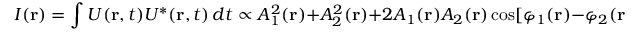
I ( \mathbf { r } ) = \int U ( \mathbf { r } , t ) U ^ { * } ( \mathbf { r } , t ) \, d t \propto A _ { 1 } ^ { 2 } ( \mathbf { r } ) + A _ { 2 } ^ { 2 } ( \mathbf { r } ) + 2 A _ { 1 } ( \mathbf { r } ) A _ { 2 } ( \mathbf { r } ) \cos [ \varphi _ { 1 } ( \mathbf { r } ) - \varphi _ { 2 } ( \mathbf { r } ) ] .